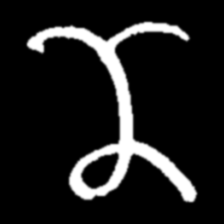
Pyu character \u2014 Myanmar letter: ဏ (romanized: nna)